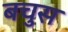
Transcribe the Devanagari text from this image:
बचुस